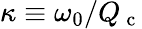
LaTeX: \kappa\equiv\omega_{0}/Q_{\mathrm{~c~}}